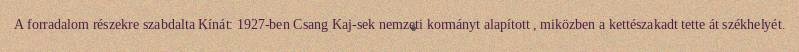
A forradalom részekre szabdalta Kínát: 1927-ben Csang Kaj-sek nemzeti kormányt alapított , miközben a kettészakadt tette át székhelyét.